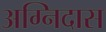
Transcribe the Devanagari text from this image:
अग्निदास